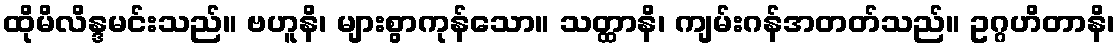
ထိုမိလိန္ဒမင်းသည်။ ဗဟူနိ၊ များစွာကုန်သော။ သတ္ထာနိ၊ ကျမ်းဂန်အတတ်သည်။ ဥဂ္ဂဟိတာနိ၊